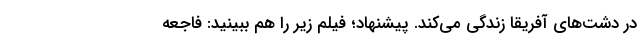
در دشت‌های آفریقا زندگی می‌کند. پیشنهاد؛ فیلم‌ زیر را هم ببینید: فاجعه